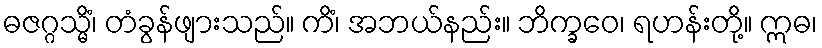
ဓဇဂ္ဂသ္မိံ၊ တံခွန်ဖျားသည်။ ကိံ၊ အဘယ်နည်း။ ဘိက္ခဝေ၊ ရဟန်းတို့။ ဣဓ၊